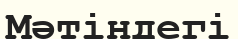
Мәтіндегі